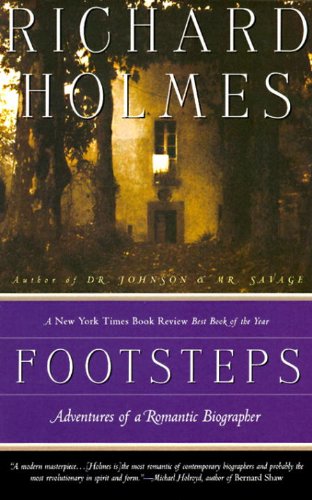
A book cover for Footsteps: Adventures of a Romantic Biographer; Richard Holmes; Romance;